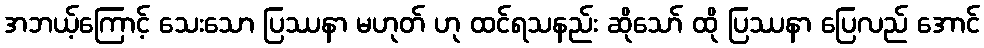
အဘယ့်ကြောင့် သေးသော ပြဿနာ မဟုတ် ဟု ထင်ရသနည်း ဆိုသော် ထို ပြဿနာ ပြေလည် အောင်